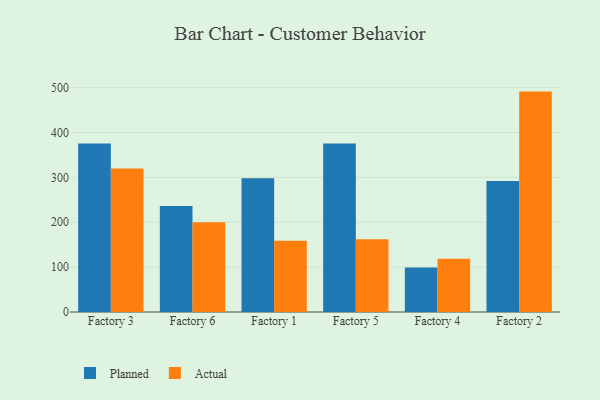
{"axis": {"x": "Factory", "y": "Conversion Rate (%)"}, "legend": ["Actual", "Planned"], "data": [{"x": "Factory 3", "y": 375.4, "type": "Planned"}, {"x": "Factory 3", "y": 319.7, "type": "Actual"}, {"x": "Factory 6", "y": 236.4, "type": "Planned"}, {"x": "Factory 6", "y": 199.8, "type": "Actual"}, {"x": "Factory 1", "y": 297.8, "type": "Planned"}, {"x": "Factory 1", "y": 158.9, "type": "Actual"}, {"x": "Factory 5", "y": 375.6, "type": "Planned"}, {"x": "Factory 5", "y": 162.3, "type": "Actual"}, {"x": "Factory 4", "y": 99.3, "type": "Planned"}, {"x": "Factory 4", "y": 118.6, "type": "Actual"}, {"x": "Factory 2", "y": 292.0, "type": "Planned"}, {"x": "Factory 2", "y": 491.1, "type": "Actual"}]}